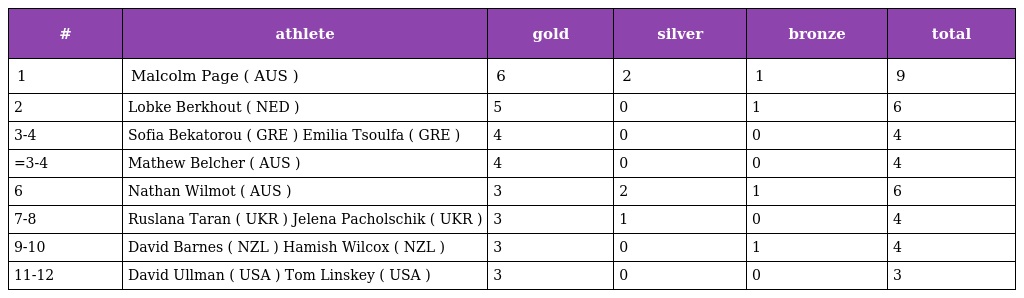
| # | athlete | gold | silver | bronze | total |
 | --- | --- | --- | --- | --- | --- |
 | 1 | Malcolm Page ( AUS ) | 6 | 2 | 1 | 9 |
 | 2 | Lobke Berkhout ( NED ) | 5 | 0 | 1 | 6 |
 | 3-4 | Sofia Bekatorou ( GRE ) Emilia Tsoulfa ( GRE ) | 4 | 0 | 0 | 4 |
 | =3-4 | Mathew Belcher ( AUS ) | 4 | 0 | 0 | 4 |
 | 6 | Nathan Wilmot ( AUS ) | 3 | 2 | 1 | 6 |
 | 7-8 | Ruslana Taran ( UKR ) Jelena Pacholschik ( UKR ) | 3 | 1 | 0 | 4 |
 | 9-10 | David Barnes ( NZL ) Hamish Wilcox ( NZL ) | 3 | 0 | 1 | 4 |
 | 11-12 | David Ullman ( USA ) Tom Linskey ( USA ) | 3 | 0 | 0 | 3 |